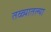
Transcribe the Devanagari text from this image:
तळ्यातल्या